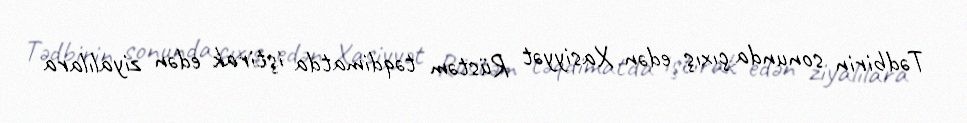
Tədbirin sonunda çıxış edən Xasiyyət Rüstəm təqdimatda iştirak edən ziyalılara